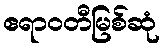
ဧရာဝတီမြစ်ဆုံ